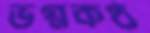
ভগ্নকণ্ঠ